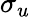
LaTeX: \sigma_{u}